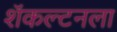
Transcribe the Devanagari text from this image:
शॅकल्टनला